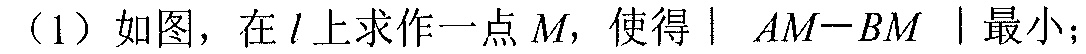
（1）如图，在$l$上求作一点$M$，使得$\vert\ AM - BM\ \vert$最小；